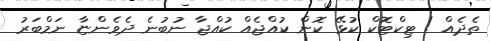
ތެދެއް ! ޓިކްޓޮކް ކުޅޭ ކޮން ކުއްޖެއް ކުއްޖާ ނުބުނެ ދެވެންޏާ ނަމްބަރު